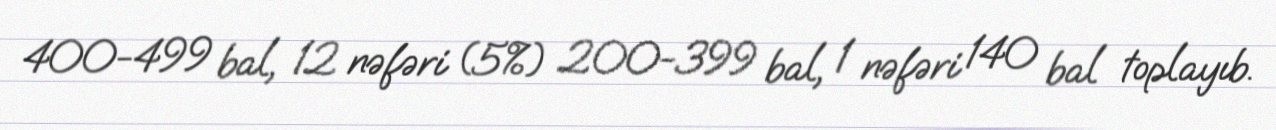
400-499 bal, 12 nəfəri (5%) 200-399 bal, 1 nəfəri 140 bal toplayıb.